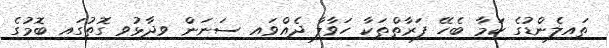
ތައިލެންޑުގެ ކަމާ ބެހޭ ފަރާތްތަކާ ހަވާލާ ދެއްވައި ސަނަން ވިދާޅުވި ގޮތުގައި ބޮމުގެ